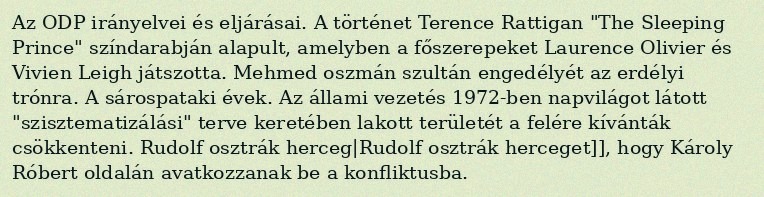
Az ODP irányelvei és eljárásai. A történet Terence Rattigan "The Sleeping Prince" színdarabján alapult, amelyben a főszerepeket Laurence Olivier és Vivien Leigh játszotta. Mehmed oszmán szultán engedélyét az erdélyi trónra. A sárospataki évek. Az állami vezetés 1972-ben napvilágot látott "szisztematizálási" terve keretében lakott területét a felére kívánták csökkenteni. Rudolf osztrák herceg|Rudolf osztrák herceget]], hogy Károly Róbert oldalán avatkozzanak be a konfliktusba.